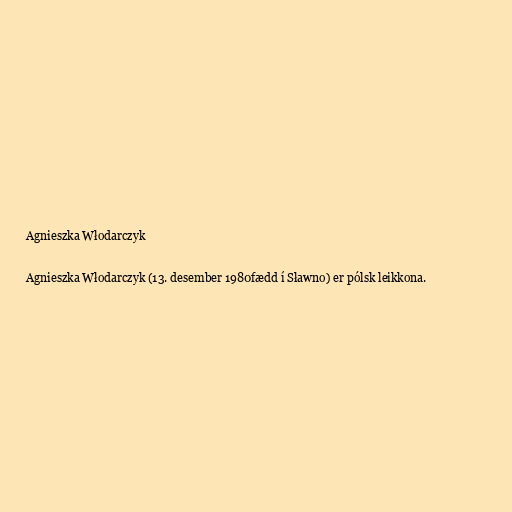
Agnieszka Włodarczyk

Agnieszka Włodarczyk (13. desember 1980fædd í Sławno) er pólsk leikkona.